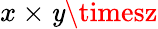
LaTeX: x\times\mathit{y}\timesz